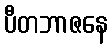
ပီတဘာဇနေ